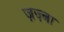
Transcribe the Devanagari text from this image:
ज़ज़्बा